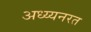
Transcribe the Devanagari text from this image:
अध्य्यनरत